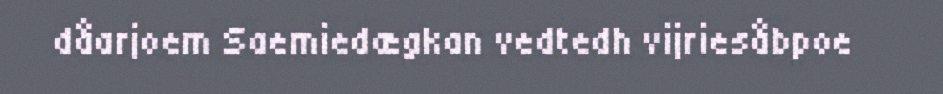
dåarjoem Saemiedægkan vedtedh vijriesåbpoe